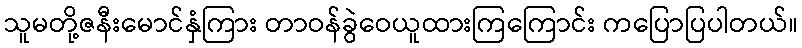
သူမတို့ဇနီးမောင်နှံကြား တာဝန်ခွဲဝေယူထားကြကြောင်း ကပြောပြပါတယ်။